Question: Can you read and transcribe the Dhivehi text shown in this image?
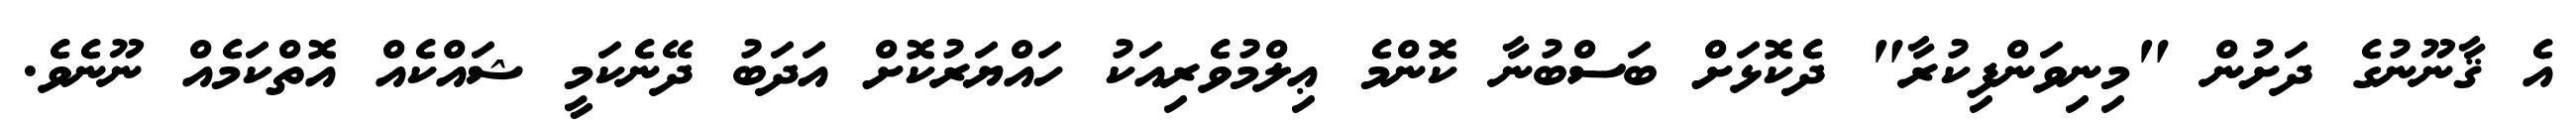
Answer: އެ ޤާނޫނުގެ ދަށުން "މިނިވަންފިކުރާ" ދެކޮޅަށް ބަސްބުނާ ކޮންމެ ޢިލްމުވެރިއަކު ހައްޔަރުކޮށް އަދަބު ދޭނެކަމީ ޝައްކެއް އޮތްކަމެއް ނޫނެވެ.